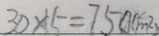
3 0 \times 5 = 7 5 0 ( c m ^ { 2 } )